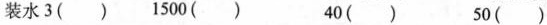
装水3( ) 1500( ) 40( ) 50( )